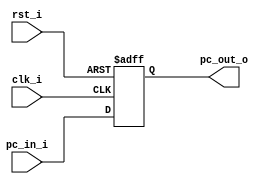
module Program_Counter(
    clk_i,
	rst_i,
	pc_in_i,
	pc_out_o
);
     
//I/O ports
input           clk_i;
input	        rst_i;
input  [64-1:0] pc_in_i;
output [64-1:0] pc_out_o;
 
//Internal Signals
reg    [64-1:0] pc_out_o;
 
//Parameter

    
//Main function
always @(posedge clk_i or negedge rst_i) begin
    if(~rst_i)
	    pc_out_o <= 0;
	else
	    pc_out_o <= pc_in_i;
end

endmodule